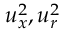
u _ { x } ^ { 2 } , u _ { r } ^ { 2 }